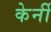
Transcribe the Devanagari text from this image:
केर्नी